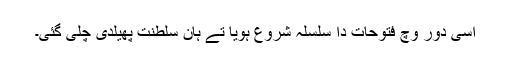
اسی دور وچ فتوحات دا سلسلہ شروع ہویا تے ہان سلطنت پھیلدی چلی گئی۔